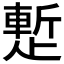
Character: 𬆉